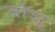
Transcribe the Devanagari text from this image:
जॉञू